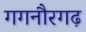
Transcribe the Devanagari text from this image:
गगनौरगढ़